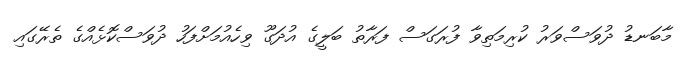
މާބަނޑު ދުވަސްވަރު ކުރިމަތިވާ ފުރަގަސް ފަރާތު ބަލީގެ އުދަގޫ ވިހެއުމަށްފަހު ދުވަސްކޮޅެއްގެ ތެރޭގައި